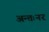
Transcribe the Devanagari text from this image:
अन्तःनर